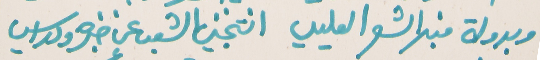
وبدولة منبر الشعر العليي   انتخبني الشعب عن خبره ودراسي